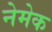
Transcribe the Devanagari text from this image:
नेमेक